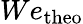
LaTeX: We_{\mathrm{theo}}